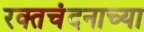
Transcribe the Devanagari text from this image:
रक्तचंदनाच्या